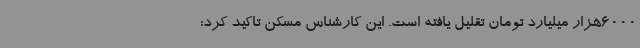
6000هزار میلیارد تومان تقلیل یافته است. این کارشناس مسکن تاکید کرد: